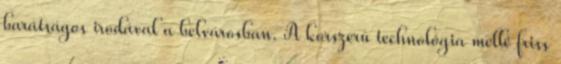
barátságos irodával a belvárosban. A korszerű technológia mellé friss